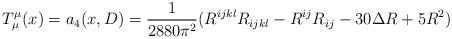
LaTeX: \begin{align*} T^\mu_\mu(x) = a_4(x, D) = \frac{1}{2880\pi^2 } (R^{ijkl}R_{ijkl} - R^{ij}R_{ij} -30\Delta R+5R^2 )\end{align*}